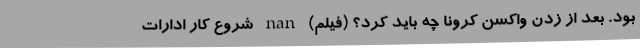
بود. بعد از زدن واکسن کرونا چه باید کرد؟ (فیلم) nan شروع کار ادارات